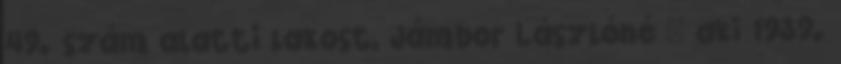
49. szám alatti lakost, Jámbor Lászlóné – aki 1939.